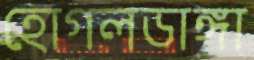
হোগলডাঙ্গা